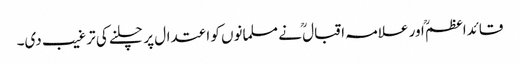
قائداعظمؒ اور علامہ اقبال ؒ نے مسلمانوں کو اعتدال پر چلنے کی ترغیب دی۔